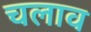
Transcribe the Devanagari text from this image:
चलाव